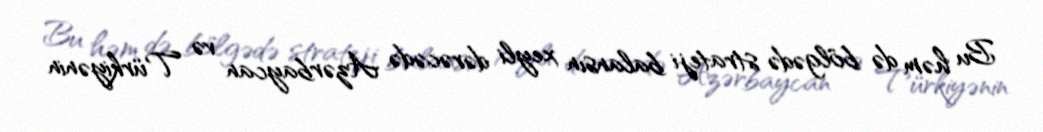
Bu həm də bölgədə strateji balansın xeyli dərəcədə Azərbaycan və Türkiyənin